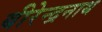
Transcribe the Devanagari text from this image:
बीरेन्द्रनाथ